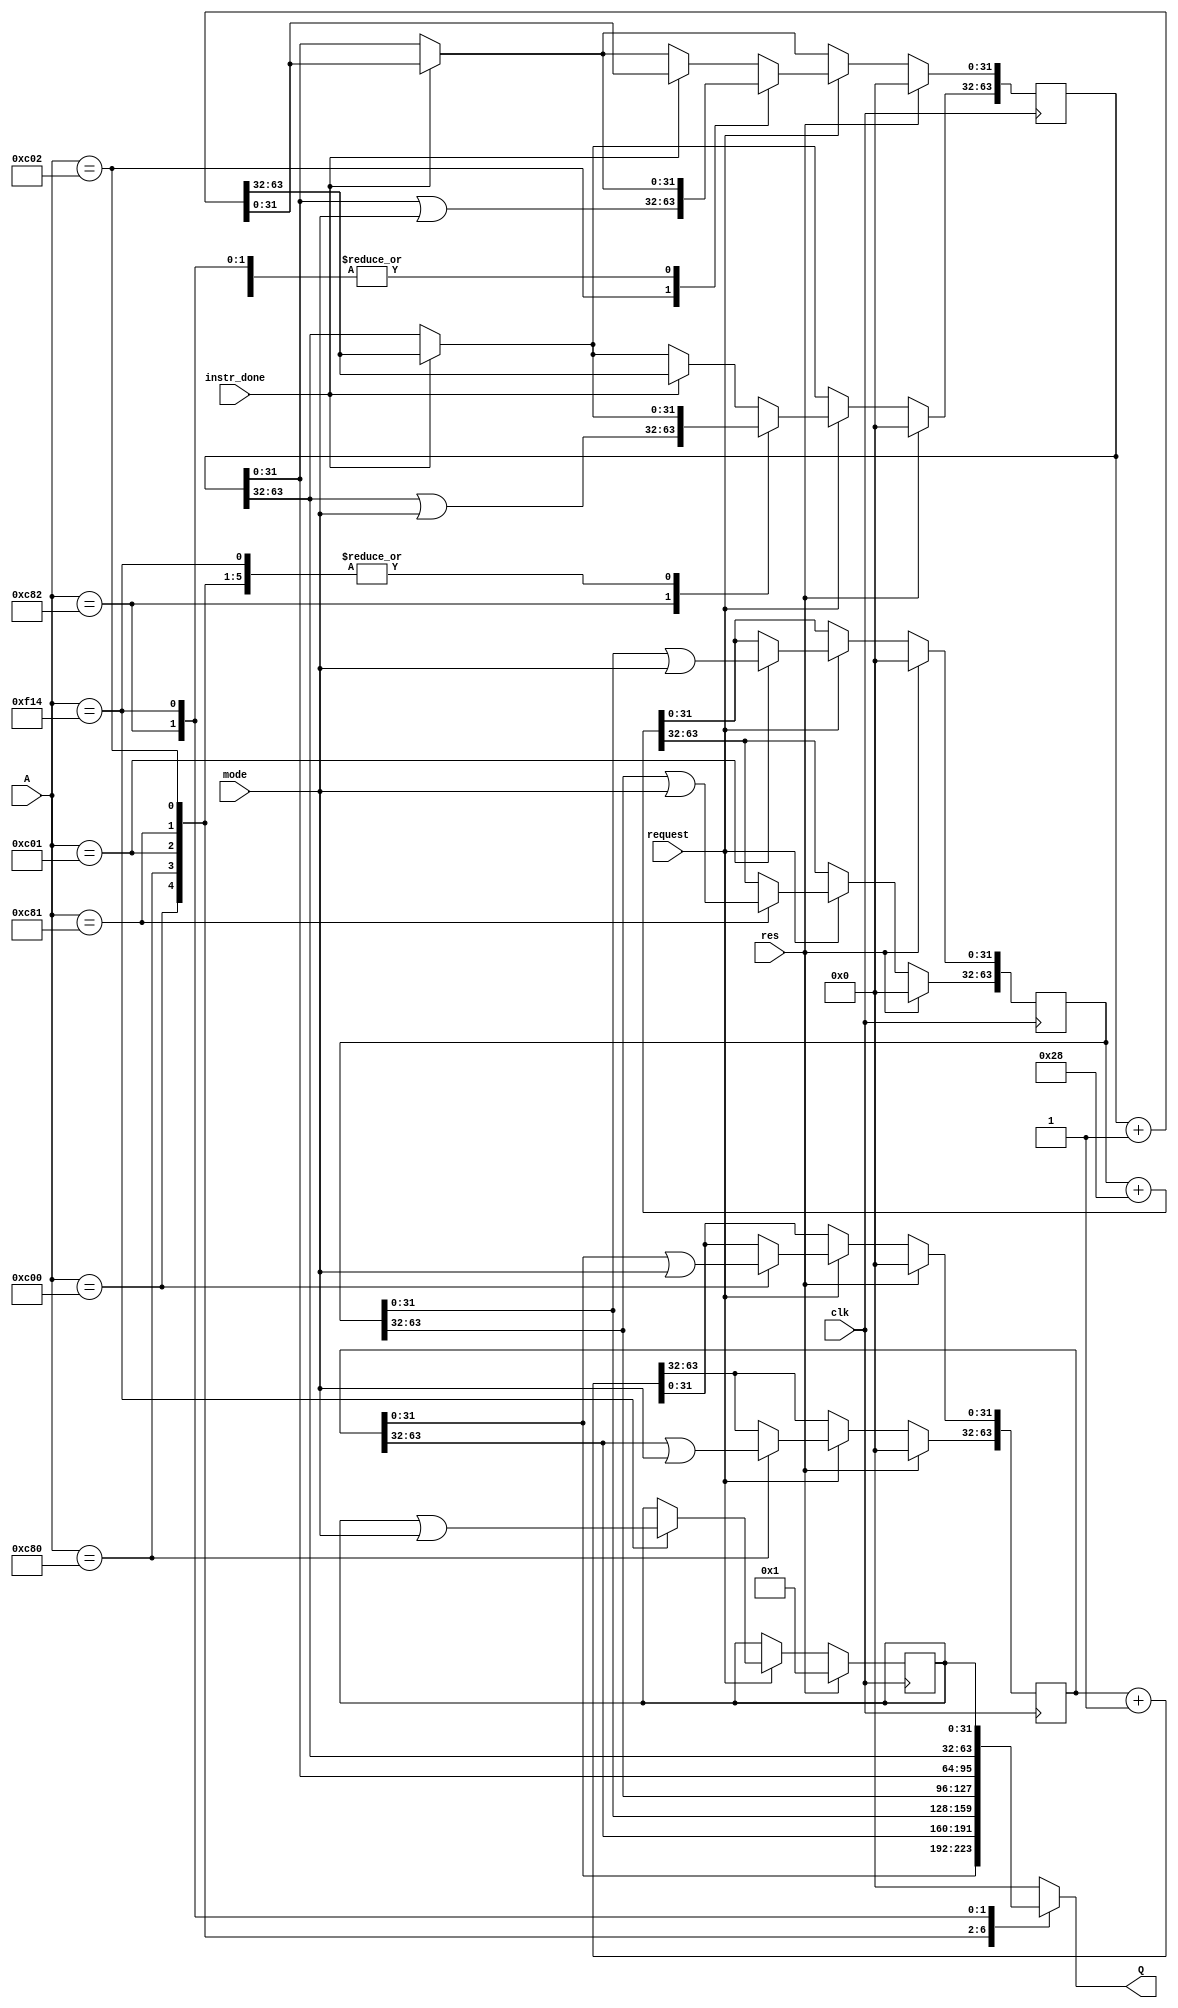
`timescale 1ns / 1ps
//////////////////////////////////////////////////////////////////////////////////
// Company: 
// Engineer: 
// 
// Design Name: 
// Module Name: CSR
// Project Name: 
// Target Devices: 
// Tool Versions: 
// Description: 
// 
// Dependencies: 
// 
// Revision:
// Revision 0.01 - File Created
// Additional Comments:
// 
//////////////////////////////////////////////////////////////////////////////////
`define RDCYCLE_ADDR_LOW 12'hC00
`define RDCYCLE_ADDR_HIGH 12'hC80
`define RDTIME_ADDR_LOW 12'hC01
`define RDTIME_ADDR_HIGH 12'hC81
`define RDINSTRET_ADDR_LOW 12'hC02
`define RDINSTRET_ADDR_HIGH 12'hC82
`define MHARTID_ADDR 12'hF14         

module CSR
#(
    parameter ID = 1
)
(
    input clk,
    input res,
    input request,
    input instr_done,
    input [11:0] A,
    input [31:0] mode,
    output [31:0] Q
);
    
    reg [63:0] RDCYCLE;
    reg [63:0] RDTIME;
    reg [63:0] RDINSTRET;
    reg [31:0] MHARTID;
    reg [31:0] reg_data;
    always @ (posedge clk) begin
        if (res) begin
            RDCYCLE   <= 64'd0;
            RDTIME    <= 64'd0;
            RDINSTRET <= 64'd0;  
            MHARTID   <= ID;          
        end else begin
            RDCYCLE <= RDCYCLE + 1;
            RDTIME <= RDTIME + 40;
            MHARTID <= MHARTID;
            if (instr_done)
                RDINSTRET <= RDINSTRET + 1;
            if(request) begin     
                case (A)
                    `RDCYCLE_ADDR_LOW:    RDCYCLE[31:0]  <= RDCYCLE[31:0]  | mode;
                    `RDCYCLE_ADDR_HIGH:   RDCYCLE[63:32] <= RDCYCLE[63:32] | mode;
                    `RDTIME_ADDR_LOW:     RDTIME[31:0]   <= RDTIME[31:0]   | mode;
                    `RDTIME_ADDR_HIGH:    RDTIME[63:32]  <= RDTIME[63:32]  | mode; 
                    `RDINSTRET_ADDR_LOW:  RDINSTRET[31:0]   <= RDINSTRET[31:0]  | mode;
                    `RDINSTRET_ADDR_HIGH: RDINSTRET[63:32]  <= RDINSTRET[63:32] | mode;     
                    `MHARTID_ADDR:        MHARTID <= MHARTID | mode; 
                    default: begin
                        RDCYCLE <= RDCYCLE + 1;
                        RDTIME <= RDTIME + 40;
                        if (instr_done)
                            RDINSTRET <= RDINSTRET + 1;
                        MHARTID <= MHARTID;
                    end                
               endcase  
            end 
        end
    end
    
    always @ (A) begin
        case (A)
            `RDCYCLE_ADDR_LOW:    reg_data = RDCYCLE[31:0];
            `RDCYCLE_ADDR_HIGH:   reg_data = RDCYCLE[63:32];
            `RDTIME_ADDR_LOW:     reg_data = RDTIME[31:0];
            `RDTIME_ADDR_HIGH:    reg_data = RDTIME[63:32]; 
            `RDINSTRET_ADDR_LOW:  reg_data = RDINSTRET[31:0];
            `RDINSTRET_ADDR_HIGH: reg_data = RDINSTRET[63:32];     
            `MHARTID_ADDR:        reg_data = MHARTID; 
            default:              reg_data = 32'd0;
        endcase
    end
    assign Q = reg_data;
endmodule